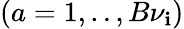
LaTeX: (a=1,..,B{\nu}_{\mathbf{i}})